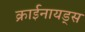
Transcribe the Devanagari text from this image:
क्राईनायड्स